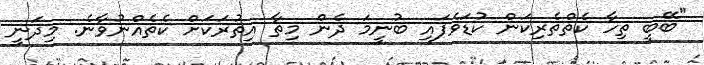
"ބޭބީ ތިހާ ކެތްތެރިކަން ކުޑަވެފައި ބުނީމަ ދެން މިތާ އިތުރަކަށް ކެތެއްނުވާނެ. މިދަނީ